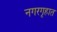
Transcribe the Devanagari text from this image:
नगरगृहात